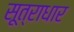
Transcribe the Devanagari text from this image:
सूत्राधार